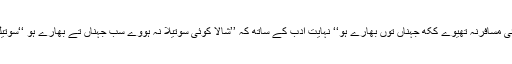
حضرت سلطان باہو نے فرمایا تھا کہ ’’شالا کوئی مسافرنہ تھیوے ککھ جہناں توں بھارے ہو‘‘ نہایت ادب کے ساتھ کہ ’’شالا کوئی سوتیلا نہ ہووے سب جہناں تے بھارے ہو ‘‘سوتیلے لوگوں کا دکھ ہر کوئی محسوس کر سکتا ہے